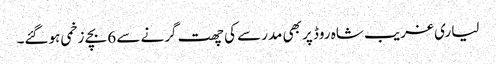
لیاری غریب شاہ روڈ پر بھی مدرسے کی چھت گرنے سے 6 بچے زخمی ہوگئے۔